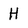
Character: H